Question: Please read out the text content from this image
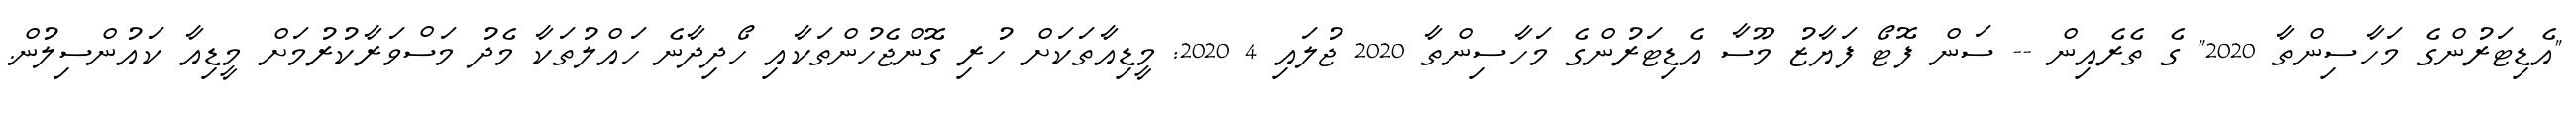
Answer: "އެޑިޓަރުންގެ މަހާސިންތާ 2020" ގެ ތެރެއިން -- ސަން ފޮޓޯ ފަޔާޒު މޫސާ އެޑިޓަރުންގެ މަހާސިންތާ 2020 ޖުލައި 4 2020: މީޑިއާތަކަށް ހުރި ގޮންޖެހުންތަކާއި ހޯދިދާނެ ހައްލުތަކާ މެދު މަސްވަރާކުރުމަށް މީޑިއާ ކައުންސިލުން.